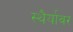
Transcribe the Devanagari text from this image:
स्थैर्यावर